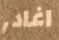
اغادر